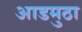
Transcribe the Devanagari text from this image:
आडमुठा